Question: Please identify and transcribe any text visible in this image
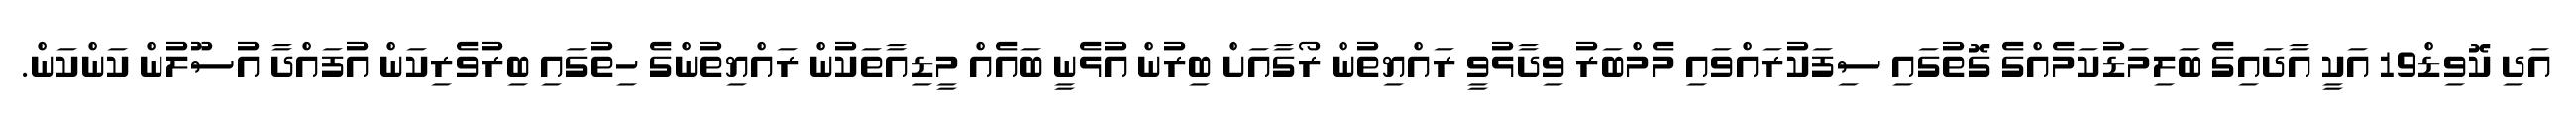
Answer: އަދި ކޮވިޑް19 އަކީ އާދައިގެ ބަލިމަޑުކަމެއްގެ ގޮތުގައި ސިފަކުރައްވައި މެމްބަރު ވިދާޅުވީ ރައްޔިތުން ރޯގާއަށް ބިރުން އުޅެނީ ބައެއް މީޑިއާތަކުން ރައްޔިތުންގެ ހިތުގައި ބިރުވެރިކަން އުފައްދާ އުސޫލުން ކަންކަން.